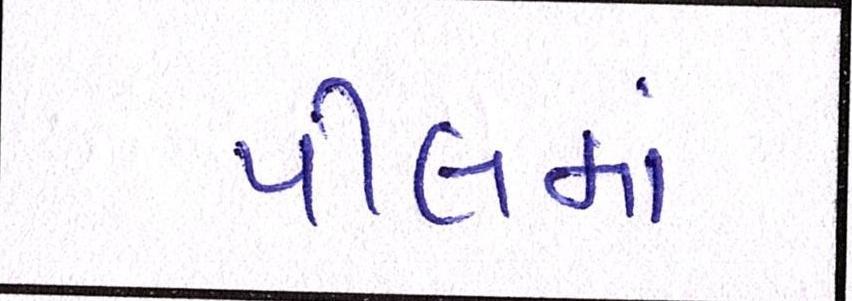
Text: પીલમાં